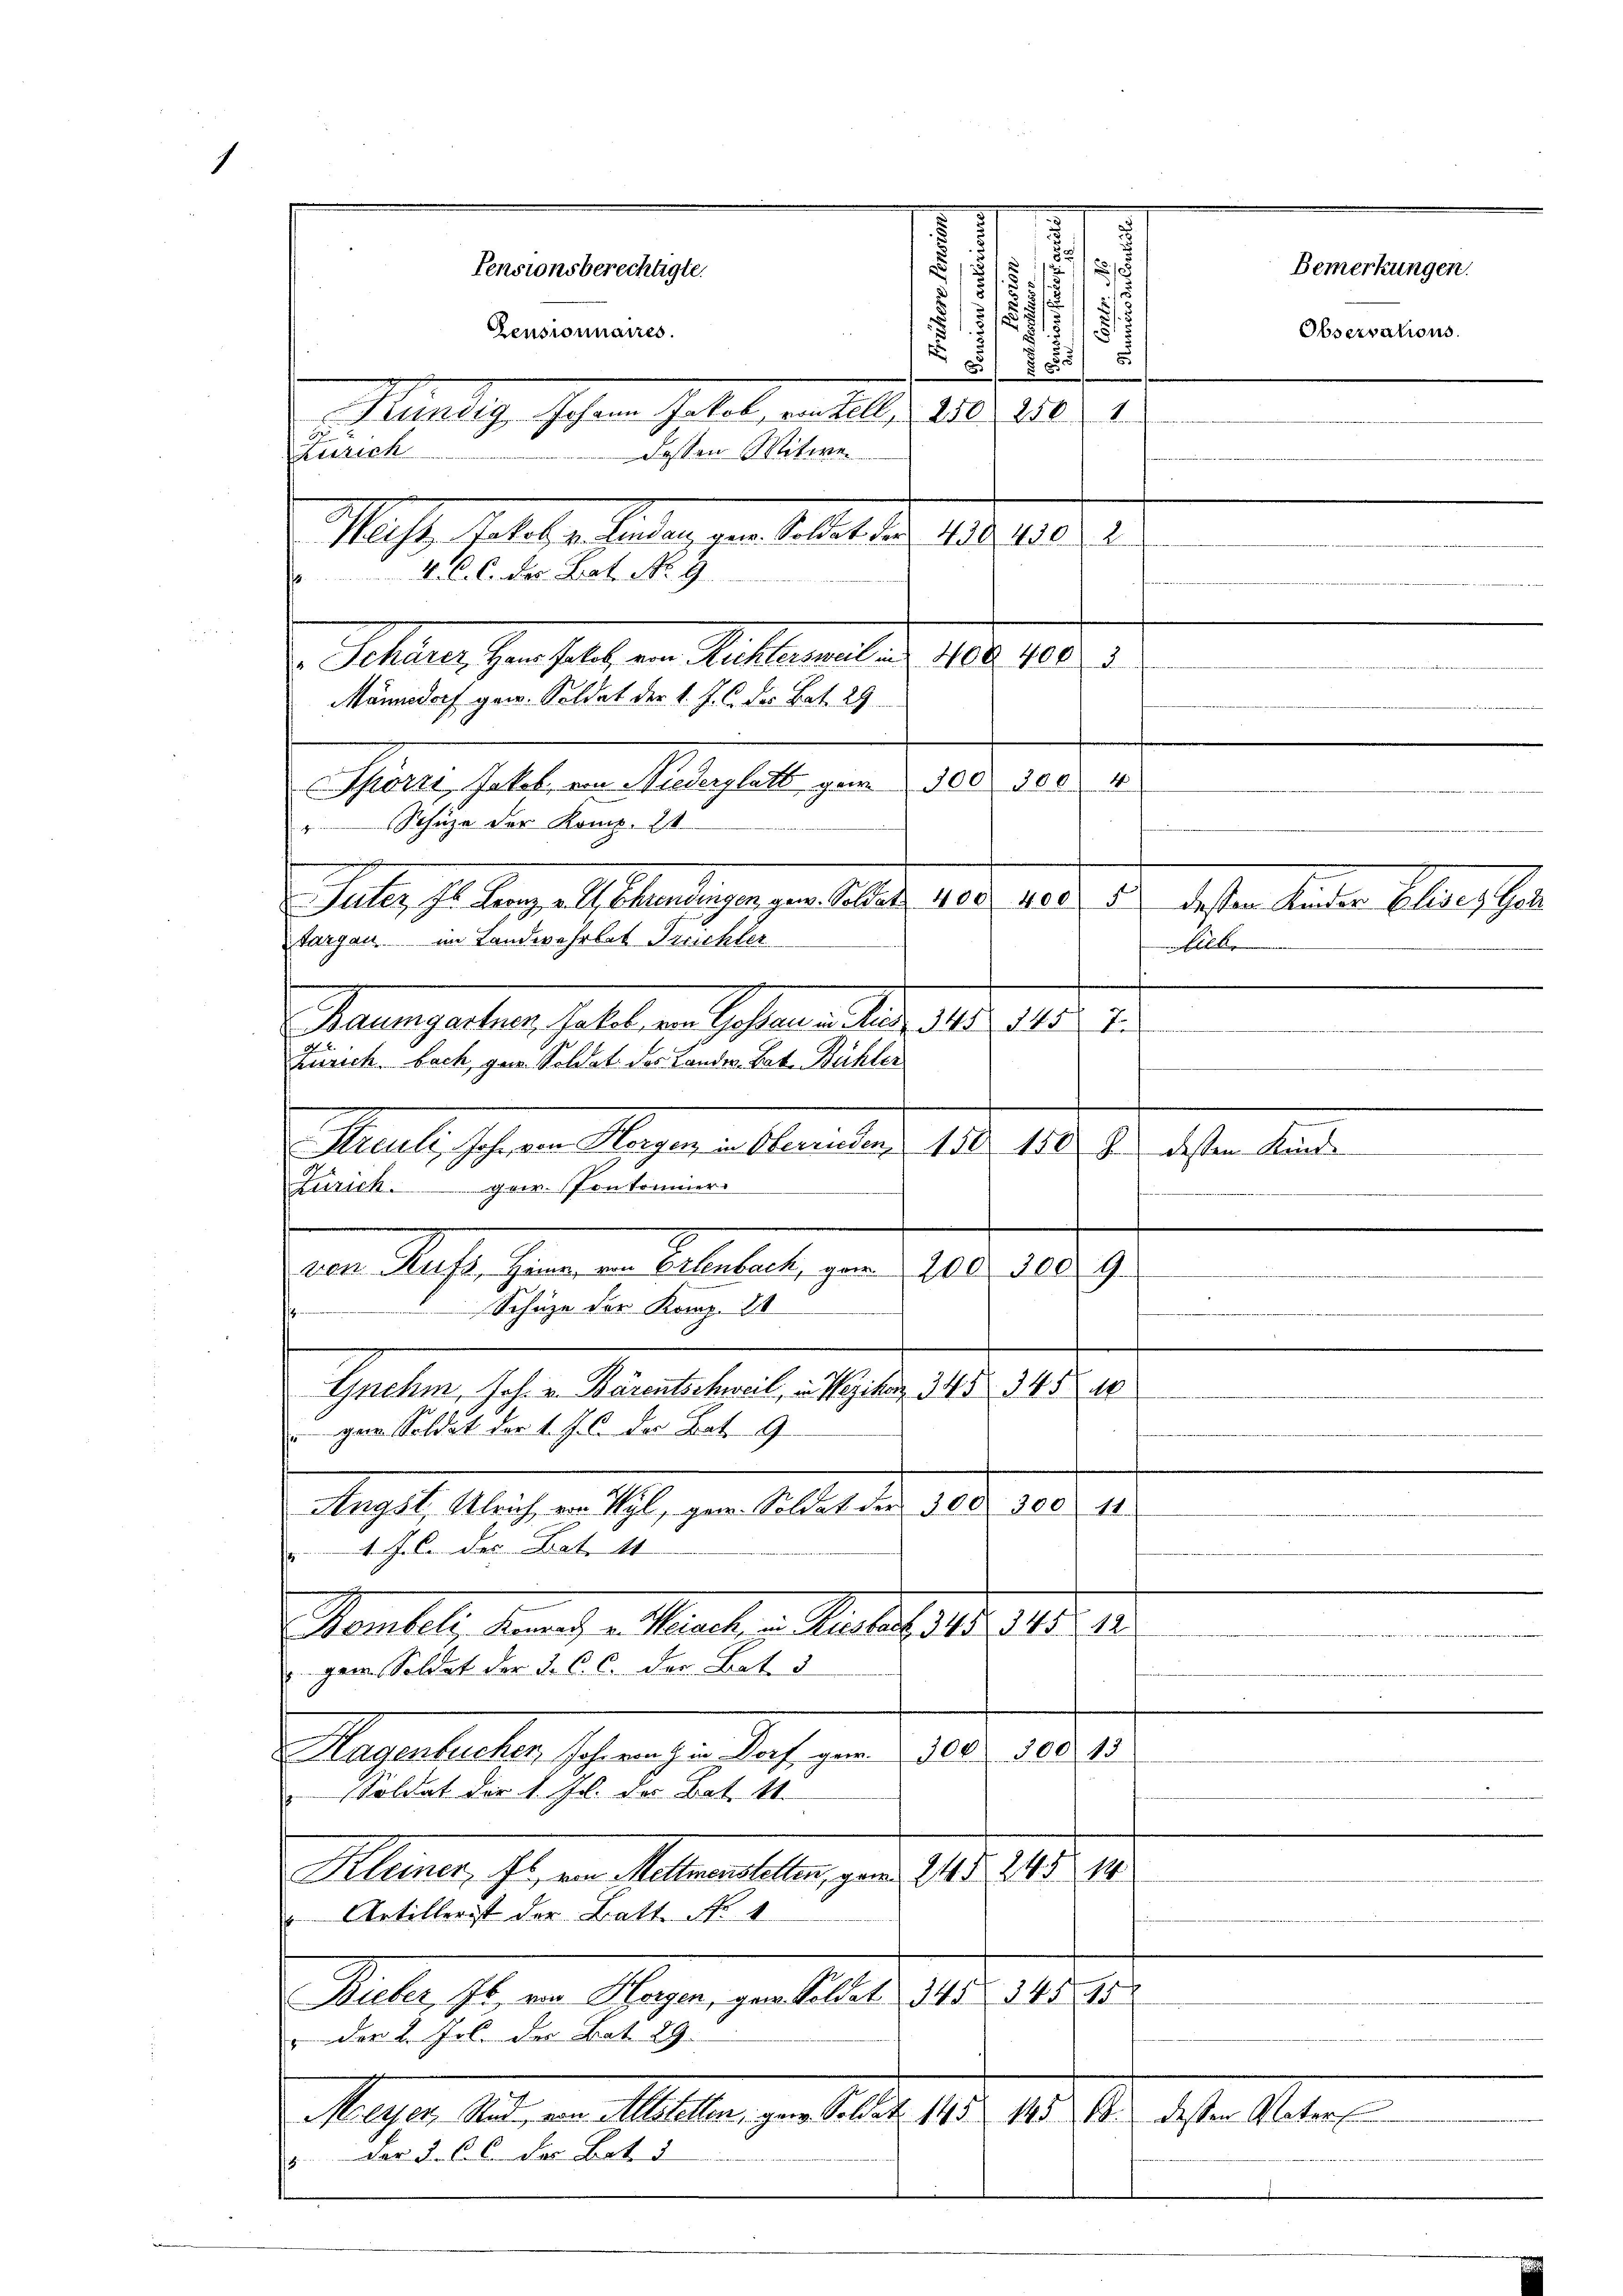
1

i
Mass, hat der Landen, zur Kelleter 1806. 158. 1

Marti, hatten Peterhalt gern 1803. 151.
Schüze der Komp. 20
Galle selben als andeigen gere aber 1810. 125. der dasten werden Oberschen
targau im Landwehrlat Treichter
Maumgarten, hatte ein Sachenen der
Zürich. bach, zur Soldat des Landes-Bat. Bühler
Pauli, schwer Morgen in Oberaten 150. 10. d. dessen Kinde
Zürich gew. Pontonnier.
den Wachsicheren in Salbeleute gern 200.
Schäze der Komp. 21

Gnehm, Joh. v. Bärentschweil, in Wezikon 345 345 M
gam Soldat der 1. J. C. der Bat. 9
Aeget, auch ein Sohn, gern Arbeit der d. d. 125. 41.
M. J. C. Das Bat. 14
Mantel demnach u. Manche Rentes der 18. 1
gem. Soldat der 3. C. c. der Bat. 3
Mapetenten schwachen doch gar aber 1814.
Soldat der 1. Js. des Bat. 11.
1.
Planes, sei ein Kellen stehen, zur 148. 241.
 Artillerist der Batt No 4
Maler Ihrer Gegen geallast 18. 241. 12.
" der 2. Joh. der Bat. 29.
Mag . .   Altern er selbst 190. 198. 10. desten Altern
5 der d. 6 der Bot d

d
5

Pensionsberechtigte.
5/
d
25
d
.
Pensionnaires.
s
E
18 f 8 x
Mundig, schen Gabe beantel d. 210. 210
Zürich
dassen Mitwe

416. C. Der Bat. No. 9.
. Schauer den solch in Rechtenmal d. 10. 10.
Mannsdorf gew. Soldet der 1. J. C. der Bat. 29

A

ilk
f

9.
300
u
a
.

i

Bemerkungen.

Observations.